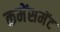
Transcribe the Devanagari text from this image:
कमेंसमेंट